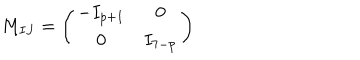
M _ { I J } = \left( \begin{matrix} { { - I _ { p + 1 } } } & { { 0 } } \\ { { 0 } } & { { I _ { 7 - p } } } \\ \end{matrix} \right)